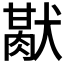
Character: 𤡜